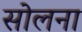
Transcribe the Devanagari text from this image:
सोलना